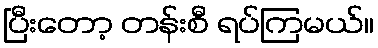
ပြီးတော့ တန်းစီ ရပ်ကြမယ်။